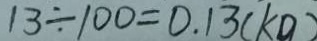
1 3 \div 1 0 0 = 0 . 1 3 ( k g )